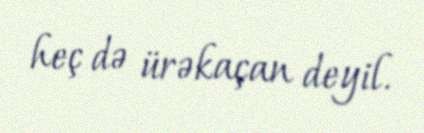
heç də ürəkaçan deyil.